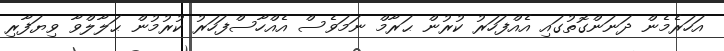
އަހަރެމެން ދަނަންގޮތުގައި އެއްފަހަރު ކުރުން ޙަރާމް ނަމަވެސް އެއްހާސްފަހަރު ކުރުމުން ޙަލާލްވާ ވިޔަފާރި